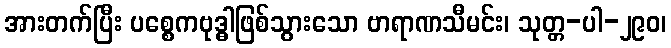
အားတက်ပြီး ပစ္စေကဗုဒ္ဓါဖြစ်သွားသော ဗာရာဏသီမင်း၊ သုတ္တ-ပါ-၂၉၀၊